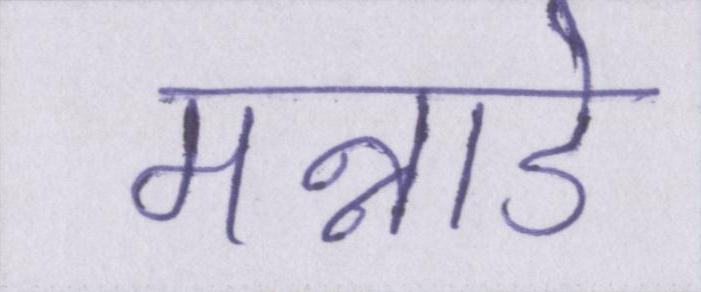
मन्नाडे